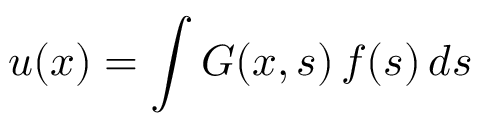
u ( x ) = \int G ( x , s ) \, f ( s ) \, d s